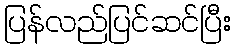
ပြန်လည်ပြင်ဆင်ပြီး